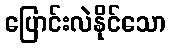
ပြောင်းလဲနိုင်သော